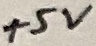
Text: +5V